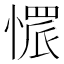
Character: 𢟿